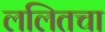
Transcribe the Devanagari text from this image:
ललितचा